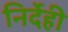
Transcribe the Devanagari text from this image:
निर्देही